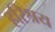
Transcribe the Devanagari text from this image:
हरिश्रय